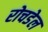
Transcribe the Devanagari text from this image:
रोचडेल